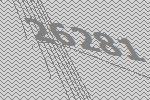
26281